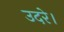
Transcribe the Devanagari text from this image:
उदरे।